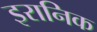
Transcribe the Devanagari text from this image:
इरानिक